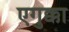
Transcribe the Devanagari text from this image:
एगुक्का